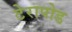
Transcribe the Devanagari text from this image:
टेरापोड